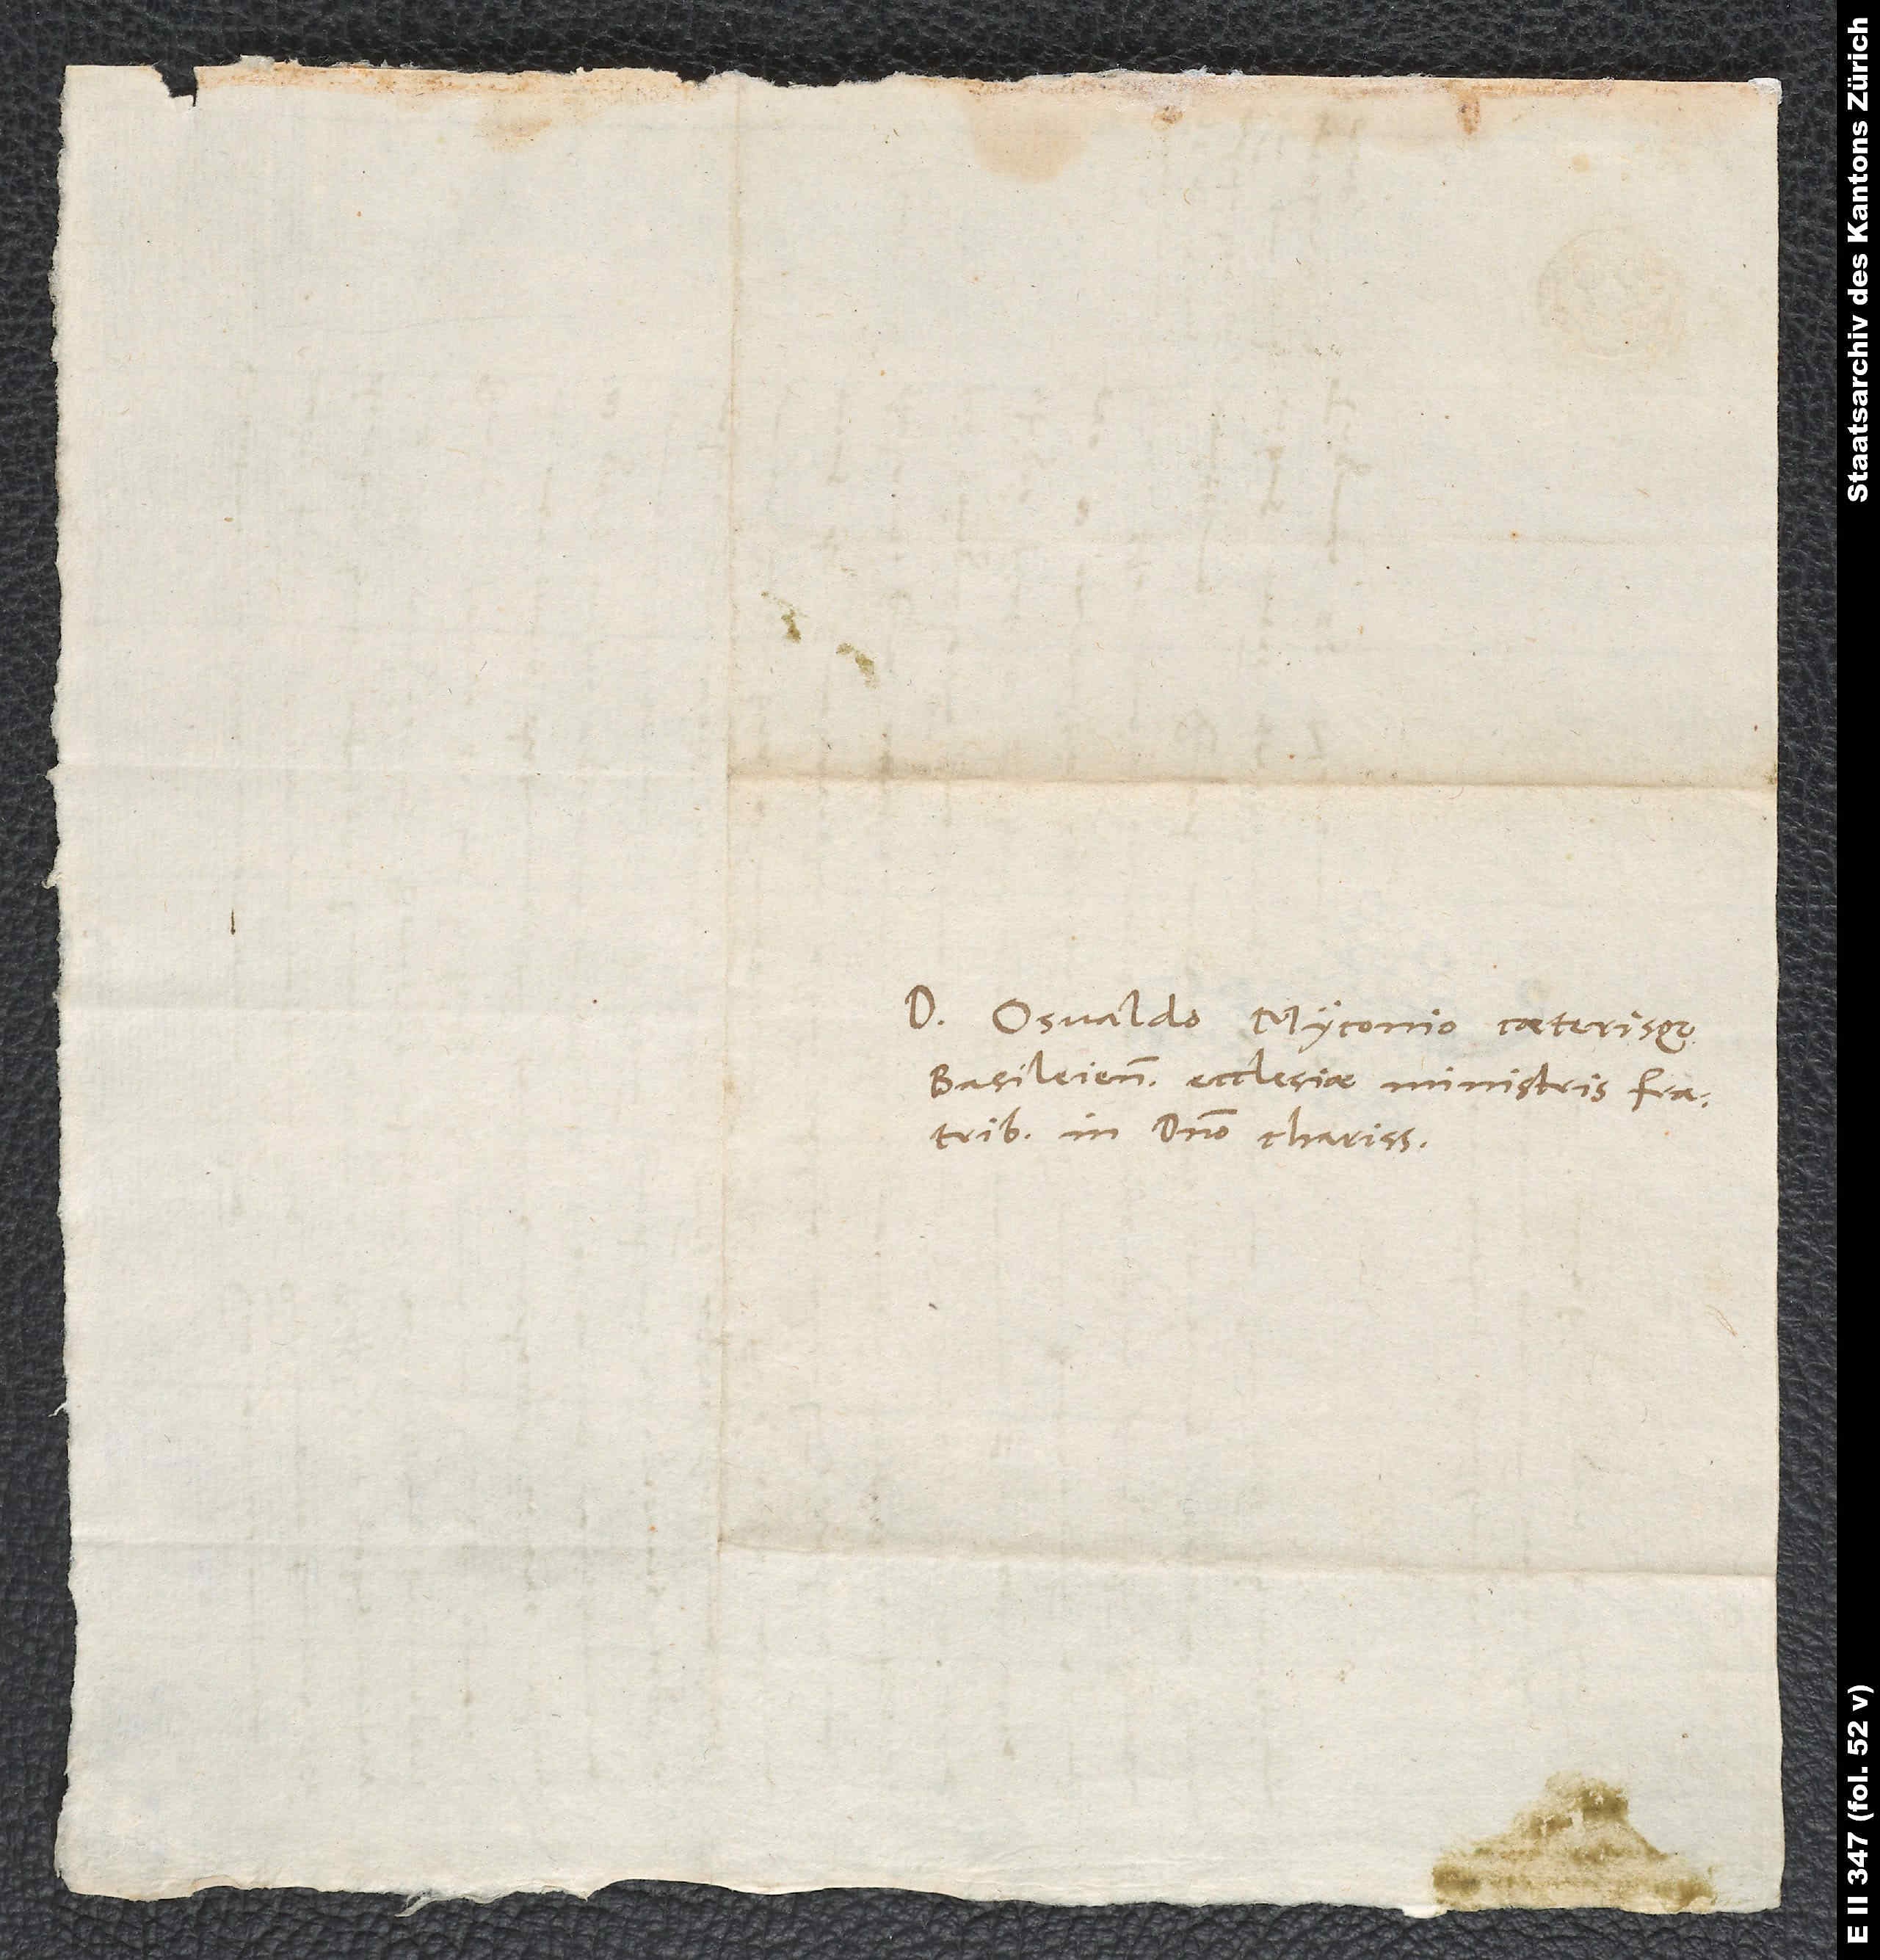
Domino Osvaldo Myconio caeterisque
Basileiensis ecclesiae ministris. Fratribus
in domino charissimis.